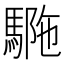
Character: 𩣾